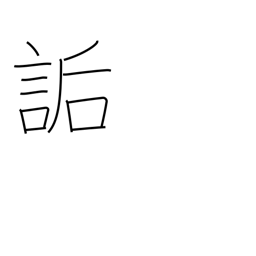
Meaning: ridicule